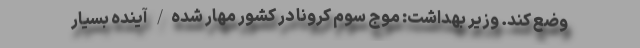
وضع کند. وزیر بهداشت: موج سوم کرونا در کشور مهار شده/ آینده بسیار